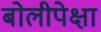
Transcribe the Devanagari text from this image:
बोलीपेक्षा